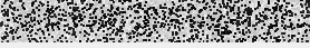
មាន ហេតុ នោះ ឈ្មោះ ថា